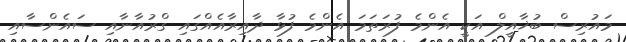
މައުރިސް ބުޚާއީލް އަކީ އެންމެ ފުރަތަމަ އެންމެ ފުޅާ ދާއިރާއެއްގައި ގްރުއާނާއި ސައެންސާއި